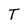
Character: T